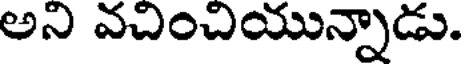
అని వచించియున్నాడు.